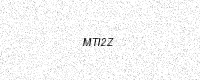
Text: MTI2Z